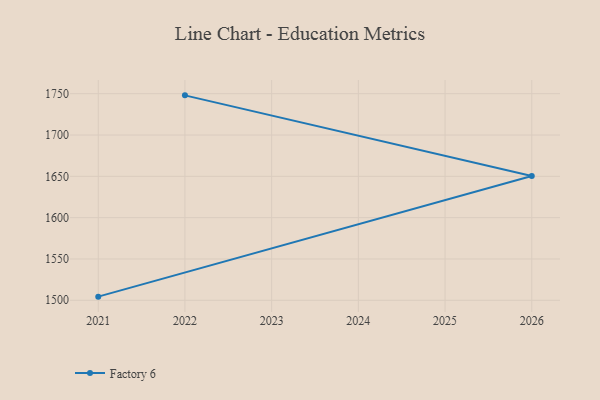
{"axis": {"x": "Year", "y": "Backlog"}, "legend": ["Factory 6"], "data": [{"x": "2022", "y": 1748.0, "type": "Factory 6"}, {"x": "2026", "y": 1650.3, "type": "Factory 6"}, {"x": "2021", "y": 1504.4, "type": "Factory 6"}]}